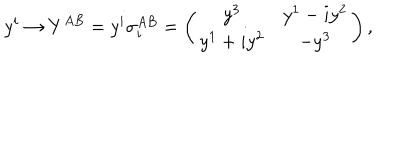
LaTeX: y ^ { i } \rightarrow Y ^ { A B } = y ^ { i } \sigma _ { i } ^ { A B } = \left( \begin{matrix} { { y ^ { 3 } } } & { { y ^ { 1 } - i y ^ { 2 } } } \\ { { y ^ { 1 } + i y ^ { 2 } } } & { { - y ^ { 3 } } } \\ \end{matrix} \right) ,